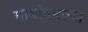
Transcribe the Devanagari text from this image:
गावांमधल्या